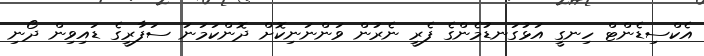
އެކްސިޑެންޓް ހިނގީ އަޅުގަނޑުމެންގެ ފެރީ ނެރުން ވަންނަނިކޮށް ދޮންކަމަނަ ސަފާރީގެ ޑައިވިން ދޯނި